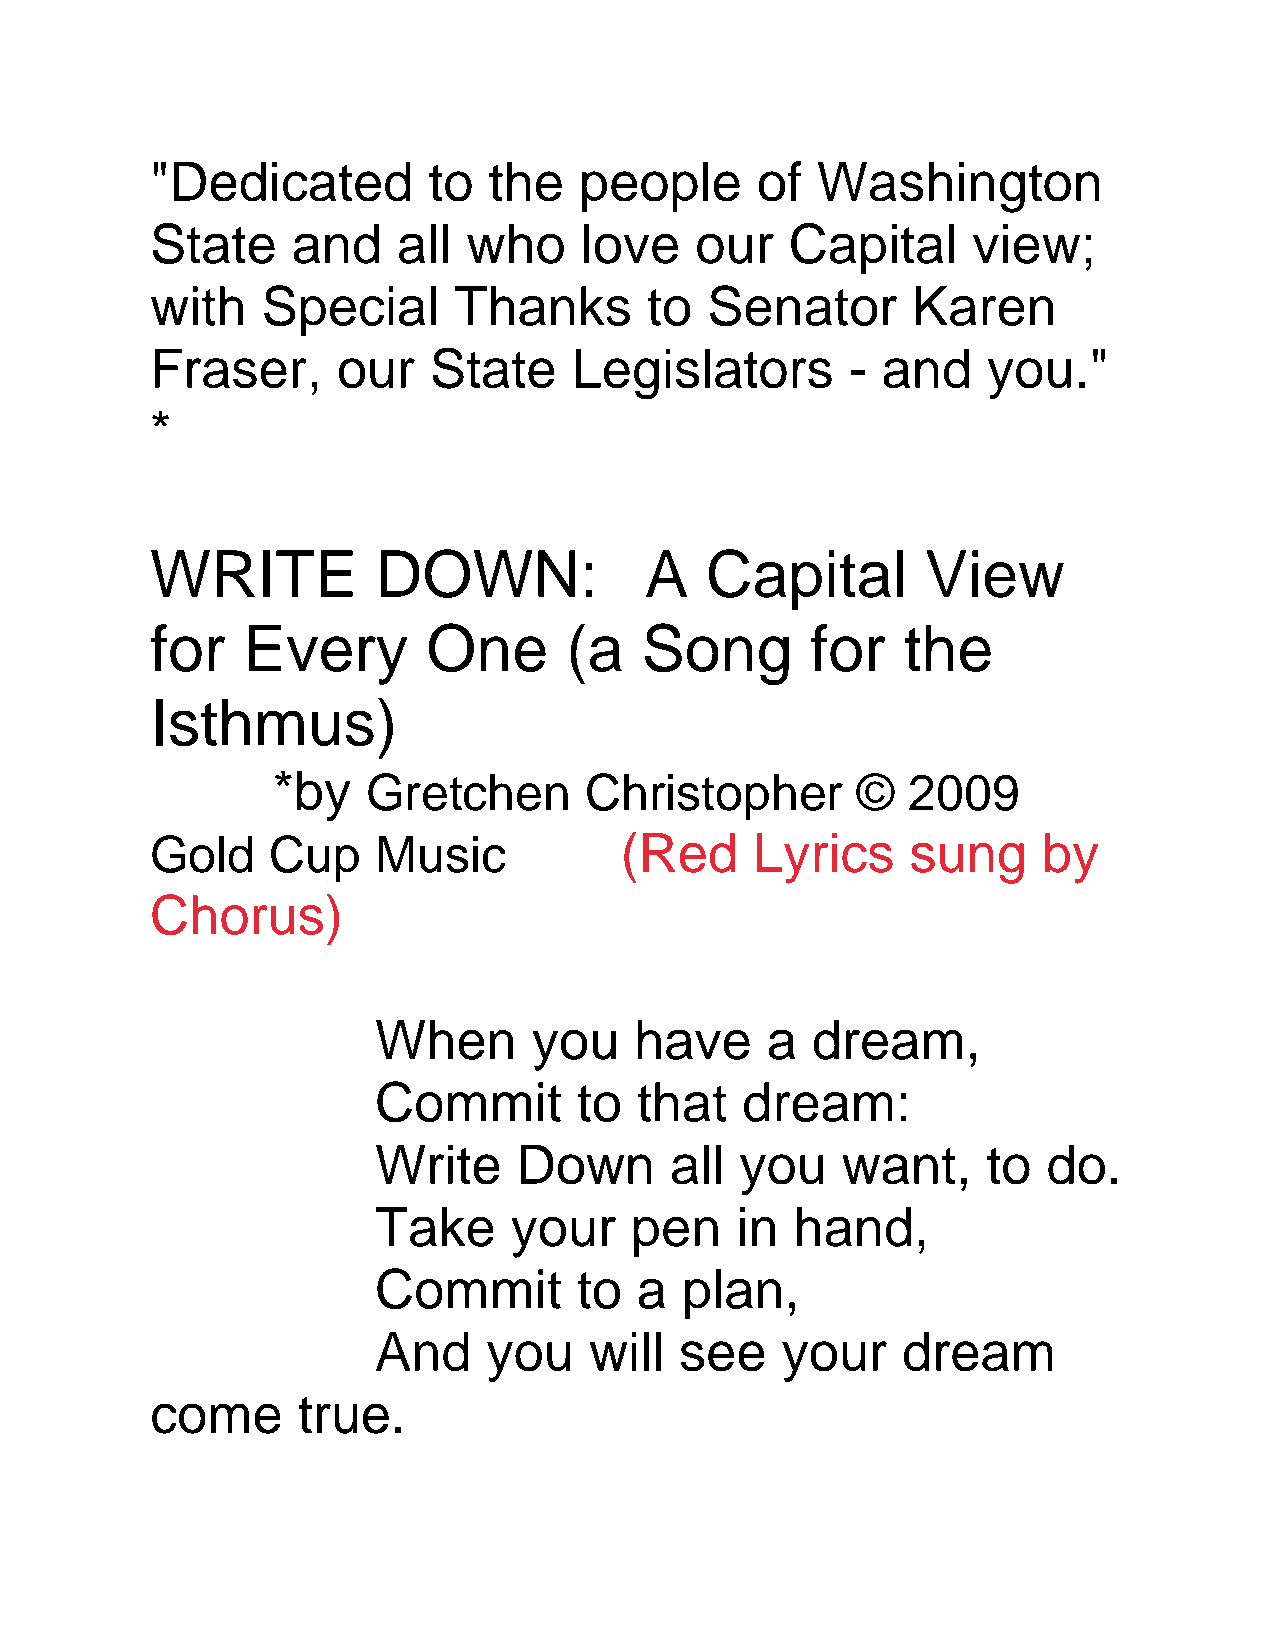
"Dedicated        to  the   people      of  Washington
 State    and    all  who    love    our   Capital     view;
 with   Special      Thanks       to  Senator      Karen
 Fraser,     our   State     Legislators       - and    you."
 *
 WRITE          DOWN:             A   Capital       View
 for   Every       One      (a   Song        for   the
 Isthmus)
 *by   Gretchen       Christopher       ©  2009
 Gold    Cup    Music           (Red     Lyrics    sung     by
 Chorus)
 When      you    have     a  dream,
 Commit       to  that   dream:
 Write    Down      all  you    want,    to  do.
 Take     your    pen    in  hand,
 Commit       to  a  plan,
 And    you    will  see    your    dream
 come      true.